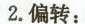
2.偏转：